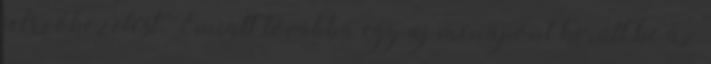
jelszókezelést. Emiatt továbbá egy új menüpont került be az